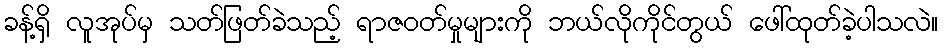
ခန့်ရှိ လူအုပ်မှ သတ်ဖြတ်ခဲသည့် ရာဇဝတ်မှုများကို ဘယ်လိုကိုင်တွယ် ဖေါ်ထုတ်ခဲ့ပါသလဲ။